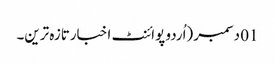
01 دسمبر (اُردو پوائنٹ اخبارتازہ ترین۔